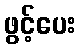
ဖွင့်ပေး